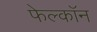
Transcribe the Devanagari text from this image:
फेल्काॅन